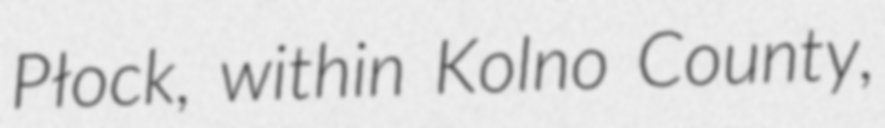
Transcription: Płock, within Kolno County,